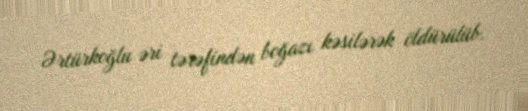
Ərtürkoğlu əri tərəfindən boğazı kəsilərək öldürülüb.